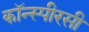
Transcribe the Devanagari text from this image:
कॉन्स्पीरसी